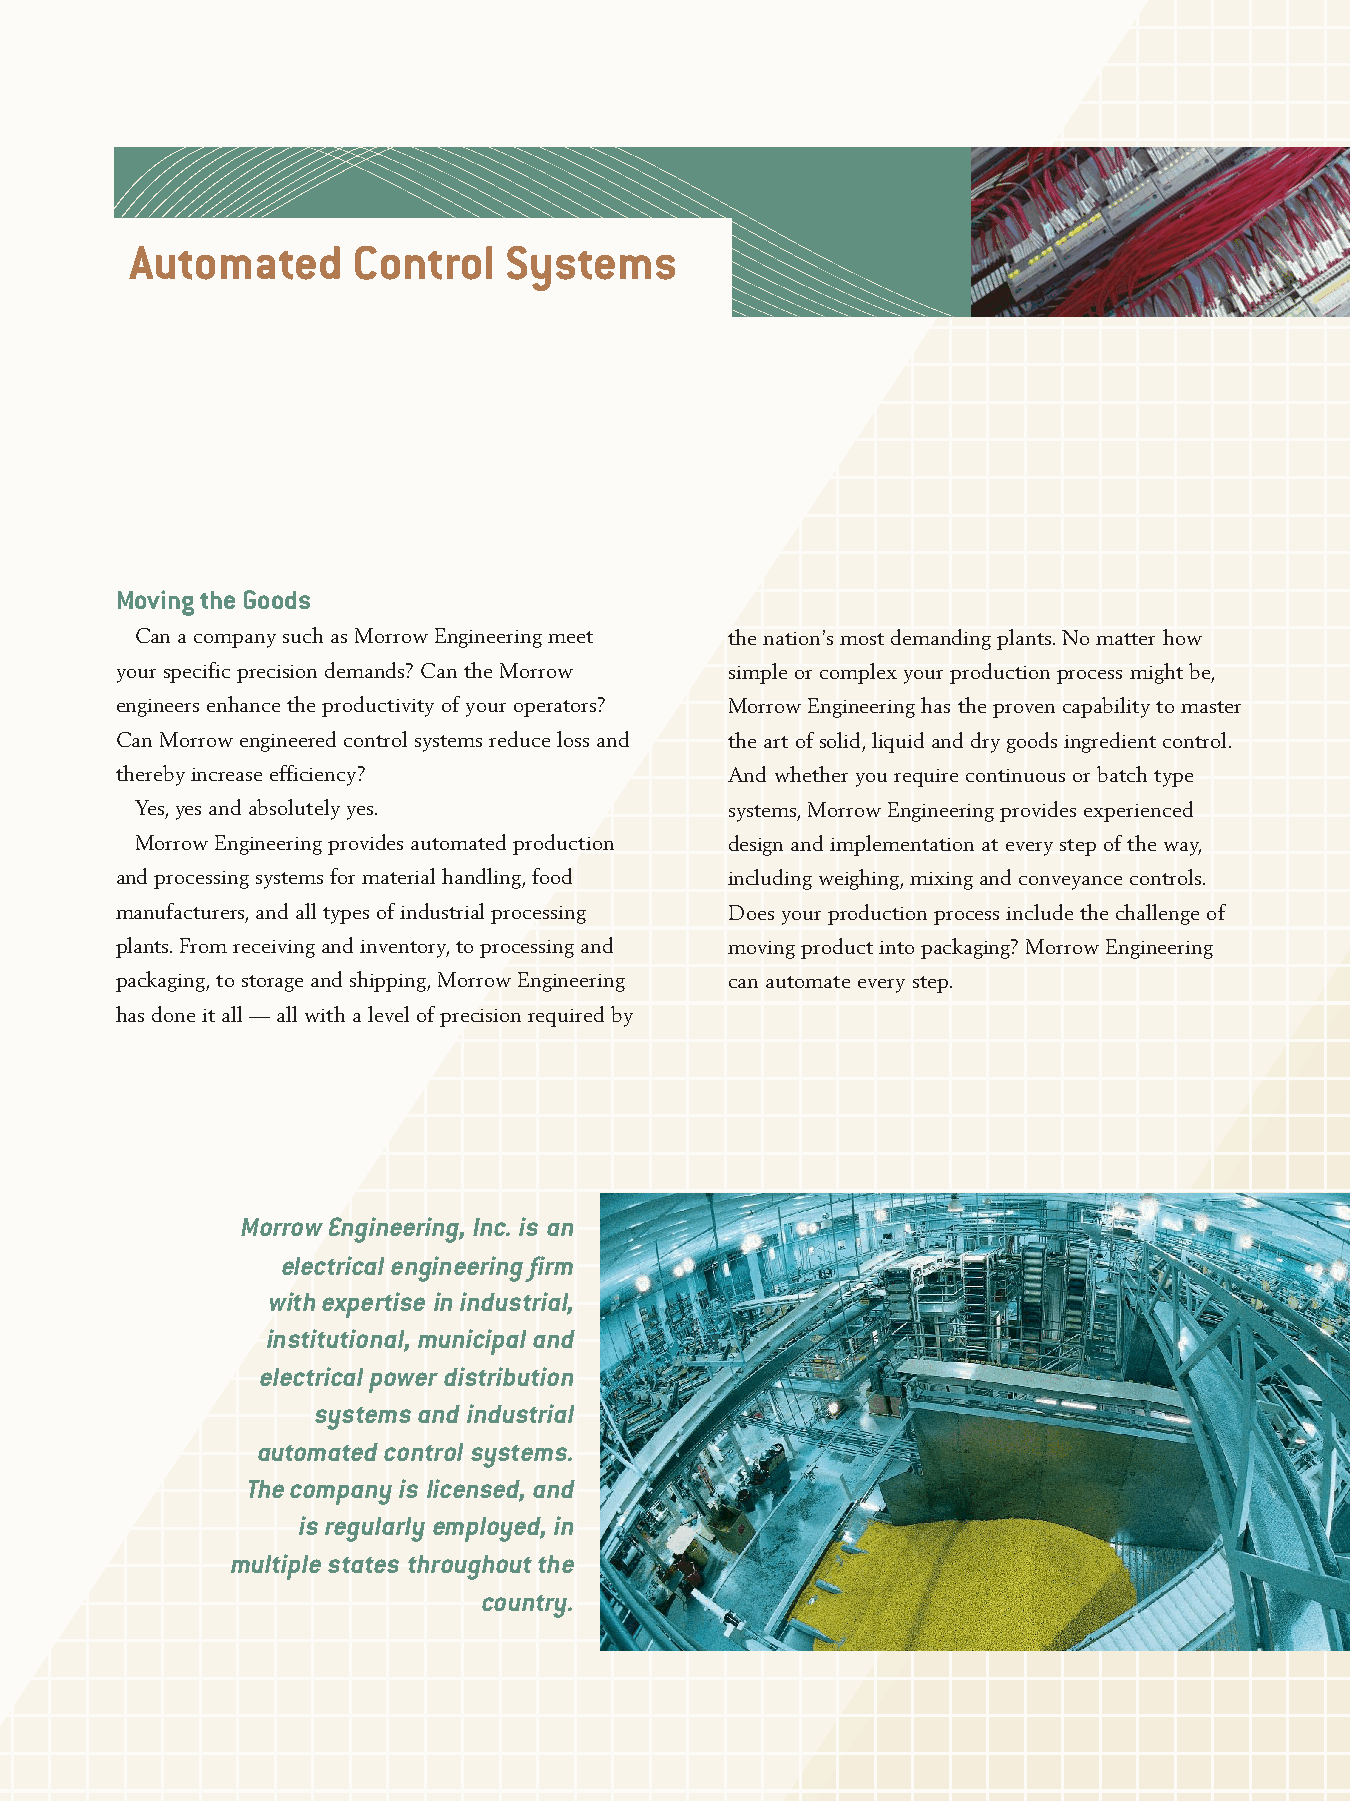
Automated     Control   Systems
 Moving the Goods
 Can a company such as Morrow Engineering meet the nation’s most demanding plants.No matter how
 your specific precision demands? Can the Morrow simple or complex your production process might be,
 engineers enhance the productivity of your operators? Morrow Engineering has the proven capability to master
 Can Morrow engineered control systems reduce loss and the art of solid,liquid and dry goods ingredient control.
 thereby increase efficiency?            And whether you require continuous or batch type
 Yes,yes and absolutely yes.            systems,Morrow Engineering provides experienced
 Morrow Engineering provides automated production design and implementation at every step of the way,
 and processing systems for material handling,food including weighing,mixing and conveyance controls.
 manufacturers,and all types of industrial processing Does your production process include the challenge of
 plants.From receiving and inventory,to processing and moving product into packaging? Morrow Engineering
 packaging,to storage and shipping,Morrow Engineering can automate every step.
 has done it all — all with a level of precision required by
 Morrow Engineering, Inc. is an
 electrical engineering firm
 with expertise in industrial,
 institutional, municipal and
 electrical power distribution
 systems and industrial
 automated control systems.
 The company is licensed, and
 is regularly employed, in
 multiple states throughout the
 country.